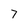
Character: 7